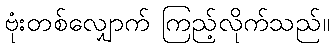
ဗုံးတစ်လျှောက် ကြည့်လိုက်သည်။